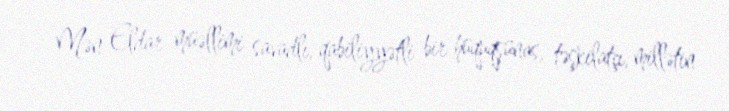
Mən Eldar müəllimi savadlı, qabiliyyətli bir hüquqşünas, təşkilatçı, millətin